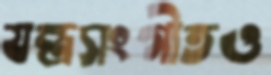
যন্ত্রসংগীতও